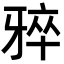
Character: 𪺨